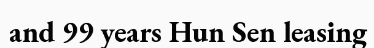
and 99 years Hun Sen leasing